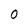
Character: 0